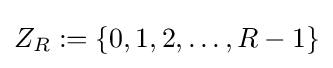
Z_{R}:=\{0,1,2,\dotsc ,{R-1}\}